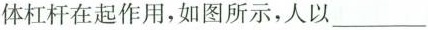
体杠杆在起作用，如图所示，人以___